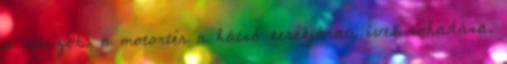
a küszöb, a motortér a hátsó kerékjárati ívek rohadása.